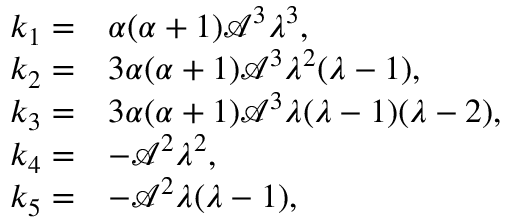
\begin{array} { r l } { k _ { 1 } = } & { \alpha ( \alpha + 1 ) \mathcal { A } ^ { 3 } \lambda ^ { 3 } , } \\ { k _ { 2 } = } & { 3 \alpha ( \alpha + 1 ) \mathcal { A } ^ { 3 } \lambda ^ { 2 } ( \lambda - 1 ) , } \\ { k _ { 3 } = } & { 3 \alpha ( \alpha + 1 ) \mathcal { A } ^ { 3 } \lambda ( \lambda - 1 ) ( \lambda - 2 ) , } \\ { k _ { 4 } = } & { - \mathcal { A } ^ { 2 } \lambda ^ { 2 } , } \\ { k _ { 5 } = } & { - \mathcal { A } ^ { 2 } \lambda ( \lambda - 1 ) , } \end{array}